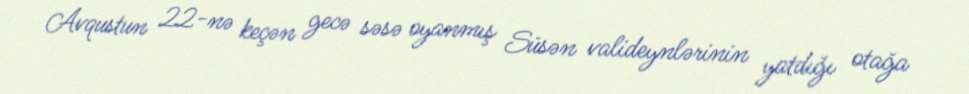
Avqustun 22-nə keçən gecə səsə oyanmış Süsən valideynlərinin yatdığı otağa